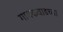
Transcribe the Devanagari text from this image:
गायकवाडच्या